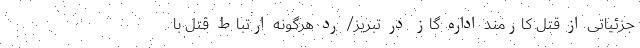
جزئیاتی از قتل کارمند اداره گاز در تبریز/ رد هرگونه ارتباط قتل با